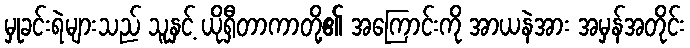
မှုခင်းရဲများသည် သူနှင့် ယိုရှီတာကာတို့၏ အကြောင်းကို အာယနဲအား အမှန်အတိုင်း